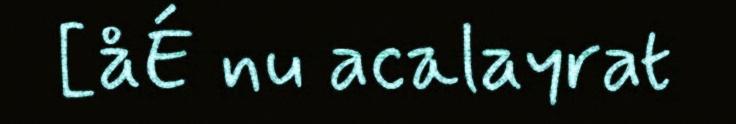
[åÉ nu acalayrat